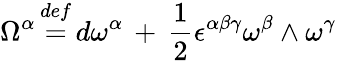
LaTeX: \Omega^{\alpha}\, {\stackrel{def}{=}}\, d\omega^{\alpha}\, +\, \frac{1}{2}\epsilon^{\alpha\beta\gamma}\omega^{\beta}\wedge\omega^{\gamma}